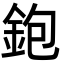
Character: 鉋